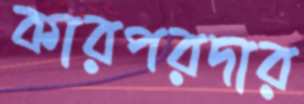
কারপরদার